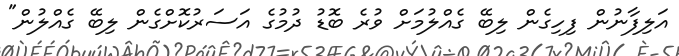
އަލިފާނުން ފިހިގެން ލިބޭ ގެއްލުމަށް ވުރެ ބޮޑު ދުމުގެ އަސަރުކޮށްގެން ލިބޭ ގެއްލުން"